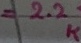
Text: =2.2K